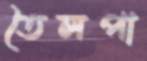
তৈলপা